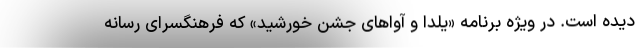
دیده است. در ویژه برنامه «یلدا و آواهای جشن خورشید» که فرهنگسرای رسانه